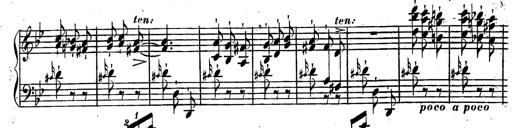
Title: Rondeau fantastique sur un thÃ¨me espagnol
Composer: Franz Liszt